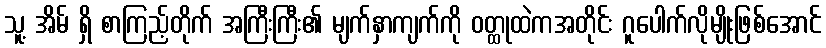
သူ့ အိမ် ရှိ စာကြည့်တိုက် အကြီးကြီး၏ မျက်နှာကျက်ကို ဝတ္ထုထဲကအတိုင်း ဂူပေါက်လိုမျိုးဖြစ်အောင်